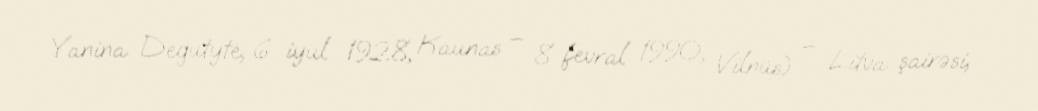
Yanina Degutytė; 6 iyul 1928, Kaunas – 8 fevral 1990, Vilnüs) – Litva şairəsi,